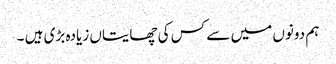
ہم دونوں میں سے کس کی چھایتاں زیادہ بڑی ہیں ۔